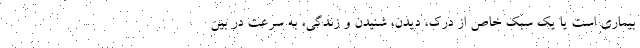
بیماری است یا یک سبک خاص از درک، دیدن، شنیدن و زندگی، به سرعت در بین